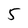
Character: 5